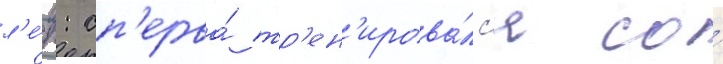
л'е́т: сп'ерва́ тр'ен'ирова́лс'я со́